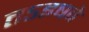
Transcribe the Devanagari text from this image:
तऽइषवे